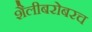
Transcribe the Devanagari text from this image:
शैलीबरोबरच